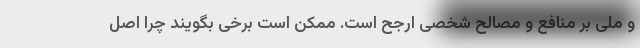
و ملی بر منافع و مصالح شخصی ارجح است. ممکن است برخی بگویند چرا اصل